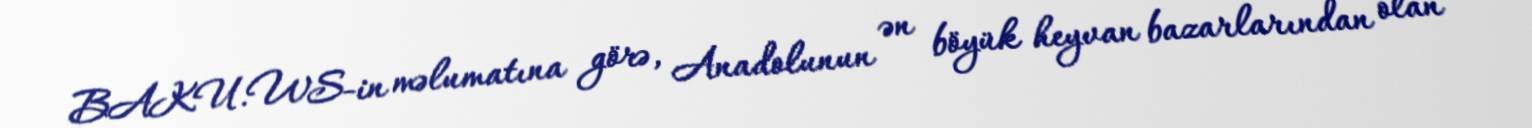
BAKU.WS-in məlumatına görə, Anadolunun ən böyük heyvan bazarlarından olan